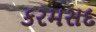
કરમસદ